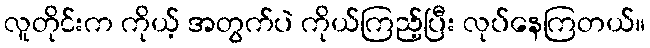
လူတိုင်းက ကိုယ့် အတွက်ပဲ ကိုယ်ကြည့်ပြီး လုပ်နေကြတယ်။